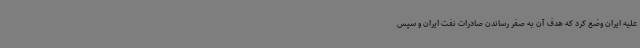
علیه ایران وضع کرد که هدف آن به صفر رساندن صادرات نفت ایران و سپس